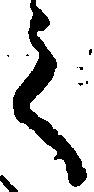
之